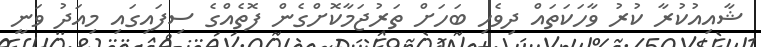
ޝާއިއުކުރާ ކުރު ވާހަކަތައް ދިވެހި ބަހަށް ތަރުޖަމާކޮށްގެން ފޮތެއްގެ ސިފައިގައި މިއަދު ވަނީ